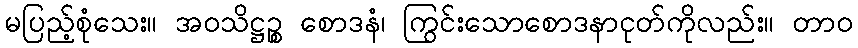
မပြည့်စုံသေး။ အဝသိဋ္ဌဉ္စ စောဒနံ၊ ကြွင်းသောစောဒနာငုတ်ကိုလည်း။ တာဝ